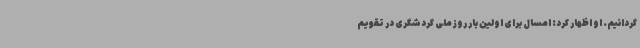
گردانیم. او اظهار کرد: امسال برای اولین بار روز ملی گردشگری در تقویم